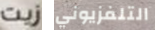
زيت التلفزيوني